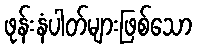
ဖုန်းနံပါတ်များဖြစ်သော